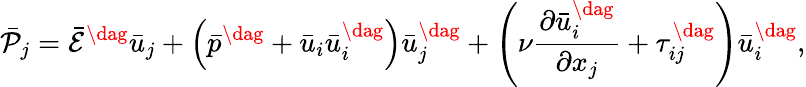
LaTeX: {{\bar{\mathcal P}}_{j}}={{\bar{\mathcal E}}^{\dag}}{{\bar{u}}_{j}}+\left({{{\bar{p}}^{\dag}}+{{\bar{u}}_{i}}\bar{u}_{i}^{\dag}}\right)\bar{u}_{j}^{\dag}+\left({\nu\frac{{\partial\bar{u}_{i}^{\dag}}}{{\partial{x_{j}}}}+\tau_{ij}^{\dag}}\right)\bar{u}_{i}^{\dag},